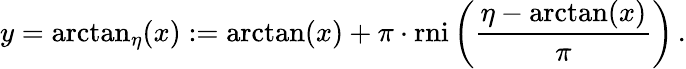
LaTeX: y=\arctan_{\eta}(x):=\arctan(x)+\pi\cdot\operatorname{rni}\left({\frac{\eta-\arctan(x)}{\pi}}\right)\, .